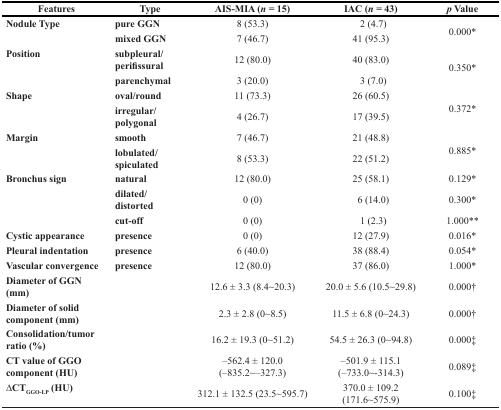
<table><thead><tr><td><b>Features</b></td><td><b>Type</b></td><td><b>AIS-MIA (<i>n</i> = 15)</b></td><td><b>IAC (<i>n</i> = 43)</b></td><td><b><i>p</i> Value</b></td></tr></thead><tbody><tr><td rowspan="2"><b>Nodule Type</b></td><td><b>pure GGN</b></td><td>8 (53.3)</td><td>2 (4.7)</td><td rowspan="2">0.000*</td></tr><tr><td><b>mixed GGN</b></td><td>7 (46.7)</td><td>41 (95.3)</td></tr><tr><td rowspan="2"><b>Position</b></td><td><b>subpleural/perifissural</b></td><td>12 (80.0)</td><td>40 (83.0)</td><td rowspan="2">0.350*</td></tr><tr><td><b>parenchymal</b></td><td>3 (20.0)</td><td>3 (7.0)</td></tr><tr><td rowspan="2"><b>Shape</b></td><td><b>oval/round</b></td><td>11 (73.3)</td><td>26 (60.5)</td><td rowspan="2">0.372*</td></tr><tr><td><b>irregular/polygonal</b></td><td>4 (26.7)</td><td>17 (39.5)</td></tr><tr><td rowspan="2"><b>Margin</b></td><td><b>smooth</b></td><td>7 (46.7)</td><td>21 (48.8)</td><td rowspan="2">0.885*</td></tr><tr><td><b>lobulated/spiculated</b></td><td>8 (53.3)</td><td>22 (51.2)</td></tr><tr><td rowspan="3"><b>Bronchus sign</b></td><td><b>natural</b></td><td>12 (80.0)</td><td>25 (58.1)</td><td>0.129*</td></tr><tr><td><b>dilated/distorted</b></td><td>0 (0)</td><td>6 (14.0)</td><td>0.300*</td></tr><tr><td><b>cut-off</b></td><td>0 (0)</td><td>1 (2.3)</td><td>1.000**</td></tr><tr><td><b>Cystic appearance</b></td><td><b>presence</b></td><td>0 (0)</td><td>12 (27.9)</td><td>0.016*</td></tr><tr><td><b>Pleural indentation</b></td><td><b>presence</b></td><td>6 (40.0)</td><td>38 (88.4)</td><td>0.054*</td></tr><tr><td><b>Vascular convergence</b></td><td><b>presence</b></td><td>12 (80.0)</td><td>37 (86.0)</td><td>1.000*</td></tr><tr><td><b>Diameter of GGN (mm)</b></td><td></td><td>12.6 ± 3.3 (8.4~20.3)</td><td>20.0 ± 5.6 (10.5~29.8)</td><td>0.000†</td></tr><tr><td><b>Diameter of solid component (mm)</b></td><td></td><td>2.3 ± 2.8 (0~8.5)</td><td>11.5 ± 6.8 (0~24.3)</td><td>0.000†</td></tr><tr><td><b>Consolidation/tumor ratio (%)</b></td><td></td><td>16.2 ± 19.3 (0~51.2)</td><td>54.5 ± 26.3 (0~94.8)</td><td>0.000‡</td></tr><tr><td><b>CT value of GGO component (HU)</b></td><td></td><td>−562.4 ± 120.0(−835.2~–327.3)</td><td>−501.9 ± 115.1(−733.0~-314.3)</td><td>0.089‡</td></tr><tr><td><b>ΔCT<sub>GGO-LP</sub> (HU)</b></td><td></td><td>312.1 ± 132.5 (23.5~595.7)</td><td>370.0 ± 109.2 (171.6~575.9)</td><td>0.100‡</td></tr></tbody></table>